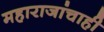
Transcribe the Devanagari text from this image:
महाराजांचाही